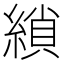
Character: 𮈲